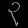
Digit: ၃